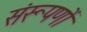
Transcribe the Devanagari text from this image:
संरूपणों